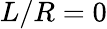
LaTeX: L/R=0